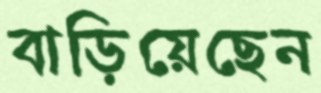
বাড়িয়েছেন